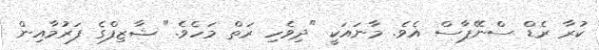
ކުރާ ރެޑް ސްނޭޕާސް އެވެ. މާނައަކީ "ދިވެހި ރަތް މަހެވެ." ޝާޒިފްގެ ފަރުމާއިން